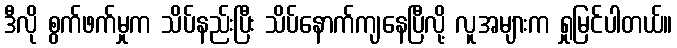
ဒီလို စွက်ဖက်မှုက သိပ်နည်းပြီး သိပ်နောက်ကျနေပြီလို့ လူအများက ရှုမြင်ပါတယ်။